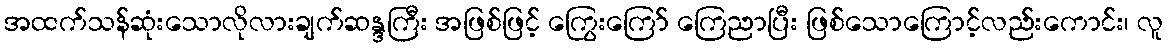
အထက်သန်ဆုံးသောလိုလားချက်ဆန္ဒကြီး အဖြစ်ဖြင့် ကြွေးကြော် ကြေညာပြီး ဖြစ်သောကြောင့်လည်းကောင်း၊ လူ